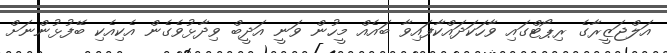
އަލްޖަޒީރާގެ ރިޕޯޓްގައި ވާހަކަދައްކާފައިވާ ބައެއް މީހުން ވަނީ އަދީބް ވިދާޅުވެގެން އެކިއެކި ބޭފުޅުންނަށް